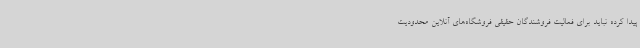
پیدا کرده نباید برای فعالیت فروشندگان حقیقی فروشگاه‌های آنلاین محدودیت